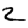
Digit: 2